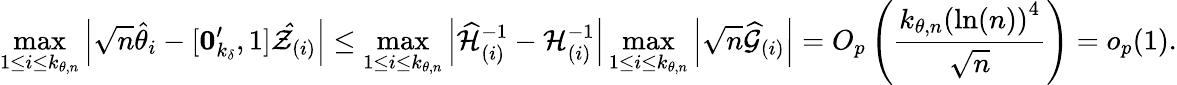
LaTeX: \operatorname*{max}_{1\leq i\leq k_{\theta,n}}\left\vert\sqrt{n}\hat{\theta}_{i}-[\boldsymbol{0}_{k_{\delta}}^{\prime},1]\mathcal{\hat{Z}}_{(i)}\right\vert\leq\operatorname*{max}_{1\leq i\leq k_{\theta,n}}\left\vert\widehat{\mathcal{H}}_{(i)}^{-1}-\mathcal{H}_{(i)}^{-1}\right\vert\operatorname*{max}_{1\leq i\leq k_{\theta,n}}\left\vert\sqrt{n}\widehat{\mathcal{G}}_{(i)}\right\vert=O_{p}\left(\frac{k_{\theta,n}\left(\ln(n)\right)^{4}}{\sqrt{n}}\right)=o_{p}(1).